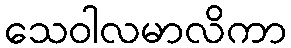
သေဝါလမာလိကာ